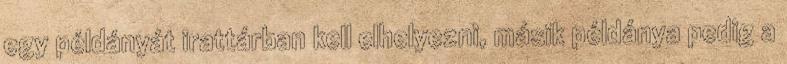
egy példányát irattárban kell elhelyezni, másik példánya pedig a